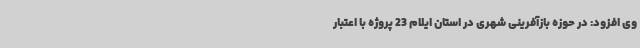
وی افزود: در حوزه بازآفرینی شهری در استان ایلام 23 پروژه با اعتبار